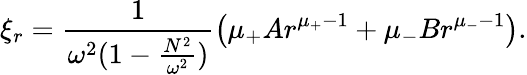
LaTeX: \xi_{r}=\frac{1}{\omega^{2}(1-\frac{N^{2}}{\omega^{2}})}\big(\mu_{+}Ar^{\mu_{+}-1}+\mu_{-}Br^{\mu_{-}-1}\big).